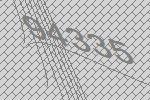
94335